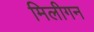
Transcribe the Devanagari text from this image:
मिलीगन